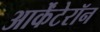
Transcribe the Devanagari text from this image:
आर्केंटेरॉन